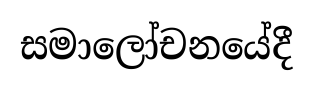
සමාලෝචනයේදී